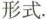
形式.